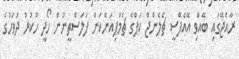
ރާއްޖޭގައި ބޭއްވި އޭއެފްސީ ޗެލެންޖް ކަޕްގެ ޗެމްޕިއަންކަން ފަލަސްތީނުން ހޯދީ ހުކުރު ދުވަހުގެ